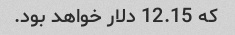
که 12.15 دلار خواهد بود.